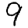
Digit: 9